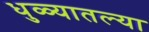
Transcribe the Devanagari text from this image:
धुळ्यातल्या